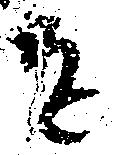
を